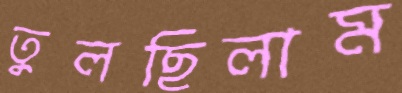
তুলছিলাম